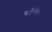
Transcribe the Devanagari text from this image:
षष्ठीनीक